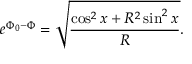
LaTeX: e ^ { \Phi _ { 0 } - \Phi } = \sqrt { \frac { \cos ^ { 2 } x + R ^ { 2 } \sin ^ { 2 } x } { R } } .